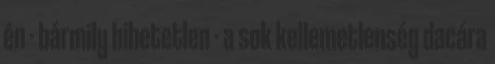
én - bármily hihetetlen - a sok kellemetlenség dacára